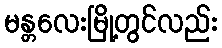
မန္တလေးမြို့တွင်လည်း